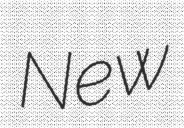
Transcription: New